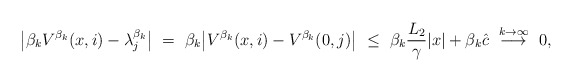
\begin{align*}\big|\beta_k V^{\beta_k}(x,i) - \lambda_j^{\beta_k}\big| \ = \ \beta_k\big|V^{\beta_k}(x,i) - V^{\beta_k}(0,j)\big| \ \leq \ \beta_k\frac{L_2}{\gamma}|x| + \beta_k\hat c \ \overset{k\rightarrow\infty}{\longrightarrow} \ 0,\end{align*}